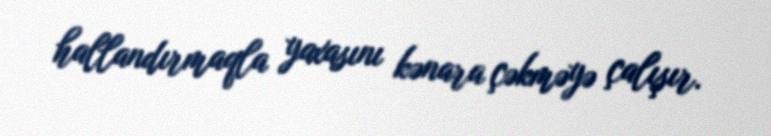
hallandırmaqla yaxasını kənara çəkməyə çalışır.